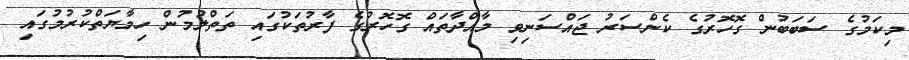
މިކަމުގެ ސަބަބުން ގޮހޮރުގެ ކެންސަރު ޖައްސަނިވި މާއްދާތައް ގޮހޮރުގެ ފާރުތަކުގައި ތަތްލުމުން ހިމާޔަތްކުރުމުގައި